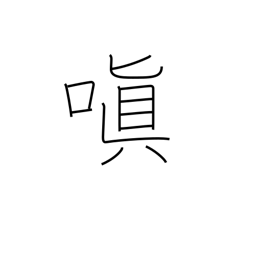
Meaning: be angry